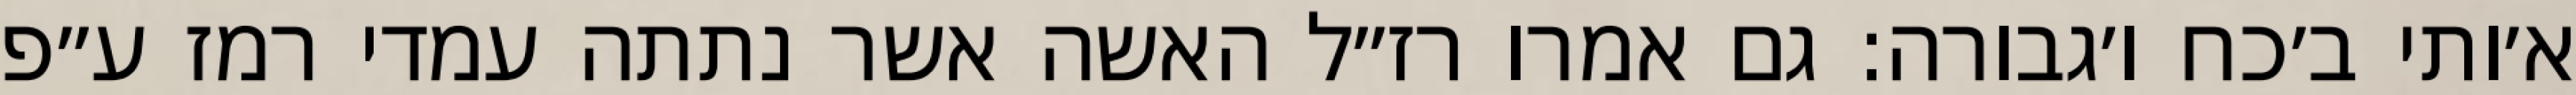
א׳ותי ב׳כח ו׳גבורה: גם אמרו רז״ל האשה אשר נתתה עמדי רמז ע״פ